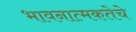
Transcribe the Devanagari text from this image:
भावनात्मकतेचे